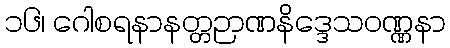
၁၆၊ ဂေါစရနာနတ္တဉာဏနိဒ္ဒေသဝဏ္ဏနာ